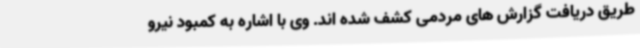
طریق دریافت گزارش های مردمی کشف شده اند. وی با اشاره به کمبود نیرو